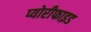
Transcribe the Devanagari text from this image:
प्योरीफाइड